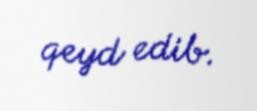
qeyd edib.